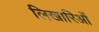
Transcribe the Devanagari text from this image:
लिखारिओं